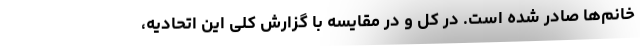
خانم‌ها صادر شده است. در کل و در مقایسه با گزارش کلی این اتحادیه،